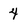
Character: 4